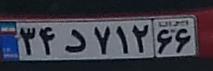
۳۴د۷۱۲۶۶